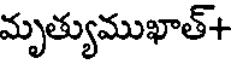
మృత్యుముఖాత్+